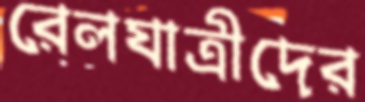
রেলযাত্রীদের